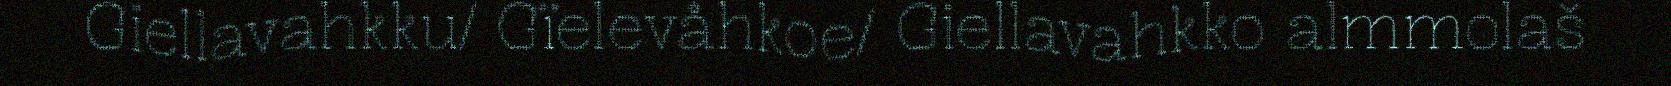
Giellavahkku/ Gïelevåhkoe/ Giellavahkko almmolaš